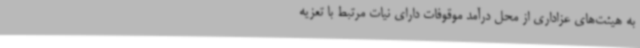
به هیئت‌های عزاداری از محل درآمد موقوفات دارای نیات مرتبط با تعزیه